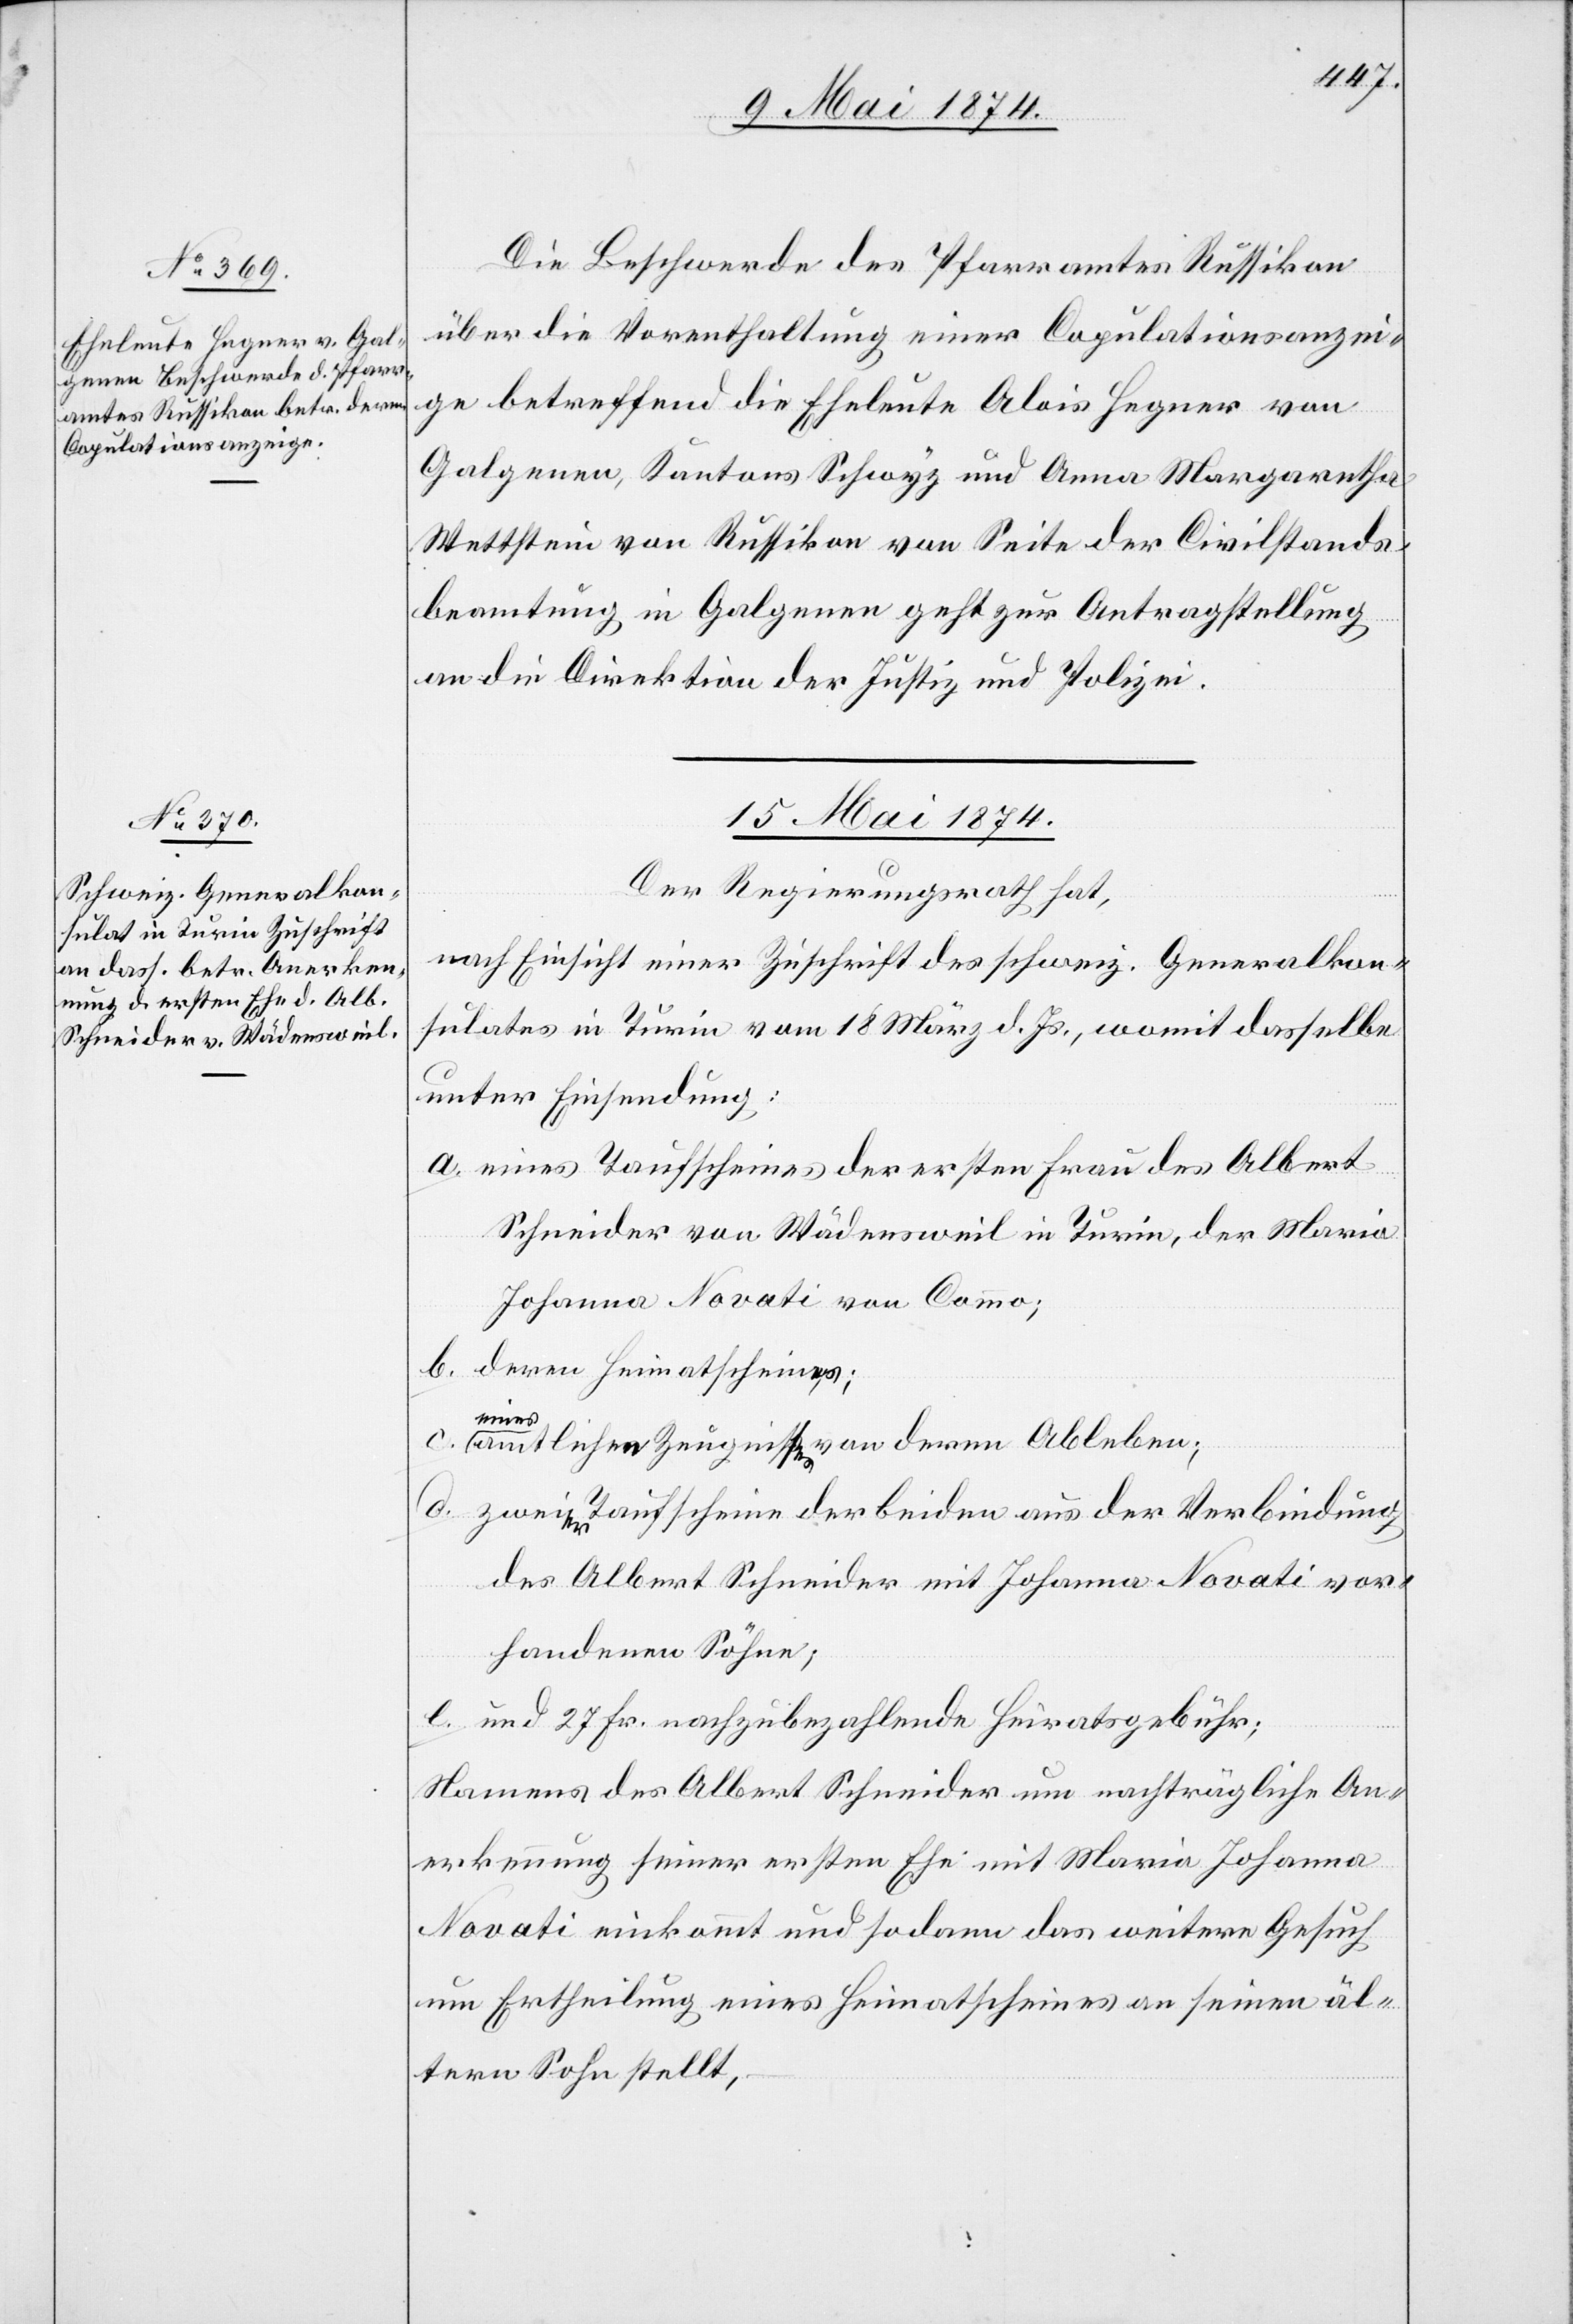
Die Beschwerde des Pfarramtes Russikon
über die Vorenthaltung einer Copulationsanzei¬
ge betreffend die Eheleute Alois Hegner von
Galgenen, Kantons Schwyz und Anna Margaretha
Wettstein von Russikon von Seite der Civilstands¬
beamtung in Galgenen geht zur Antragstellung
an die Direktion der Justiz und Polizei.
15. Mai 1874
Der Regierungsrath hat,
nach Einsicht einer Zuschrift des schweiz. Generalkon¬
sulates in Turin vom 18. März d. Js., womit dasselbe
unter Einsendung:
a. eines Taufscheines der ersten Frau des Albert
Schneider von Wädensweil in Turin, der Maria
Johanna Novati von Commo;
b. deren Heimathschein;
eines
amtlichen Zeugnisses von deren Ableben;
d. zweier Taufscheine der beiden aus der Verbindung
des Albert Schneider mit Johanna Novati vor¬
handenen Söhne;
e. und 27 Fr. nachzubezahlende Heiratsgebühr;
Namens des Albert Schneider um nachträgliche An¬
erkennung seiner ersten Ehe mit Maria Johanna
Novati einkommt und sodann das weitere Gesuch
um Ertheilung eines Heimathscheines an seinen äl¬
teren Sohn stellt,